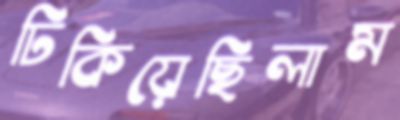
ঢিকিয়েছিলাম